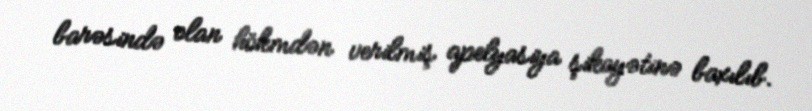
barəsində olan hökmdən verilmiş apelyasiya şikayətinə baxılıb.